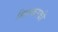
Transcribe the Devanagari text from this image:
मिलकरकी